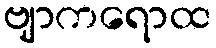
ဗျာကရောထ